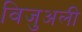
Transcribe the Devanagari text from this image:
विजुअली